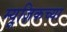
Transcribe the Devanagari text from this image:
म्यूज़िकच्या